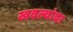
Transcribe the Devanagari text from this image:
खवल्यांवर